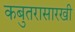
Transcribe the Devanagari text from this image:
कबुतरासारखी